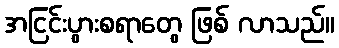
အငြင်းပွားစရာတွေ ဖြစ် လာသည်။